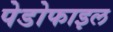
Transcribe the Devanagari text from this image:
पेडोफाइल